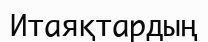
Итаяқтардың